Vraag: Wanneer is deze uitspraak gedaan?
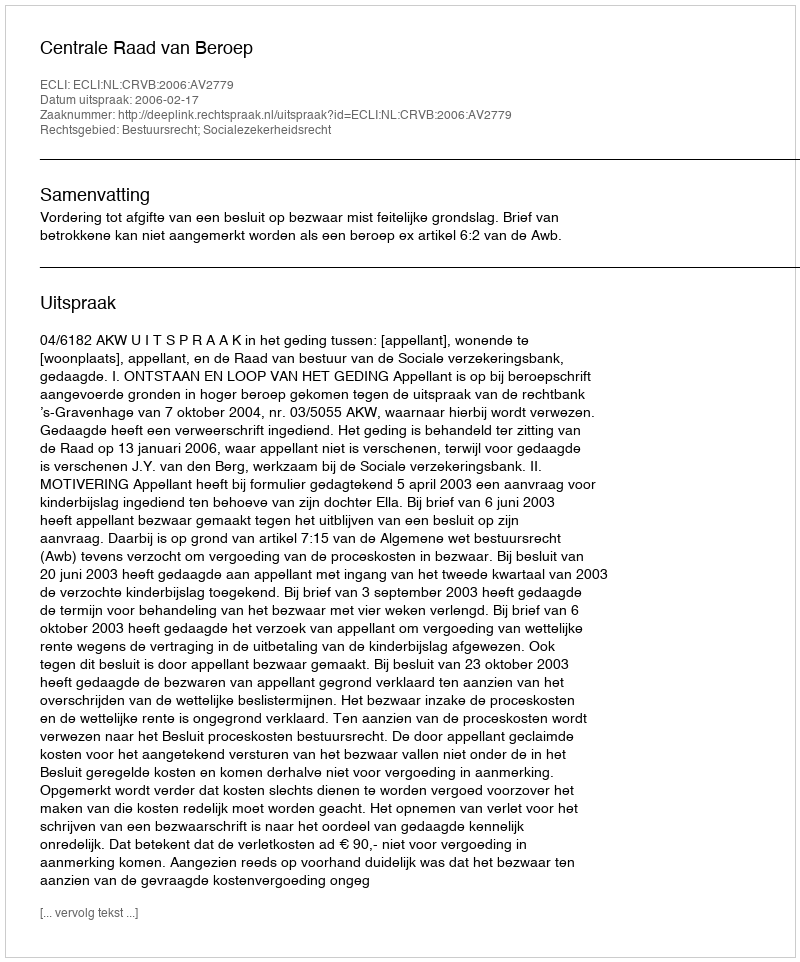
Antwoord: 2006-02-17